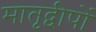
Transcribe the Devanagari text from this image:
मातृद्वीपों